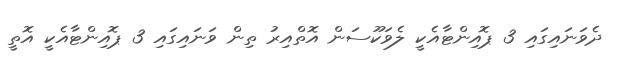
ދެވަނައިގައި 3 ޕޮއިންޓާއެކީ ލެވަކޫސަން އޮތްއިރު ތިން ވަނައިގައި 3 ޕޮއިންޓާއެކީ އޮތީ